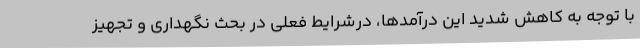
با توجه به کاهش شدید این درآمدها، درشرایط فعلی در بحث نگهداری و تجهیز